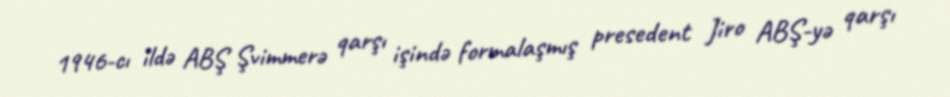
1946-cı ildə ABŞ Şvimmerə qarşı işində formalaşmış presedent Jiro ABŞ-yə qarşı